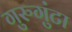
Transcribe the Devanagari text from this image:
गुरुगुंटा